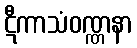
ဋီကာသံဝဏ္ဏနာ